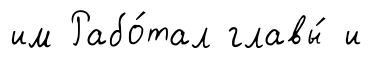
им Рабо́тал главы́ и